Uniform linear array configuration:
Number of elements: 48
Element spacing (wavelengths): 0.75
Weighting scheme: binomial
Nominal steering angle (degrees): -15
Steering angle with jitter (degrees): -14.756
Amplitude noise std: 0.05
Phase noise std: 0.05

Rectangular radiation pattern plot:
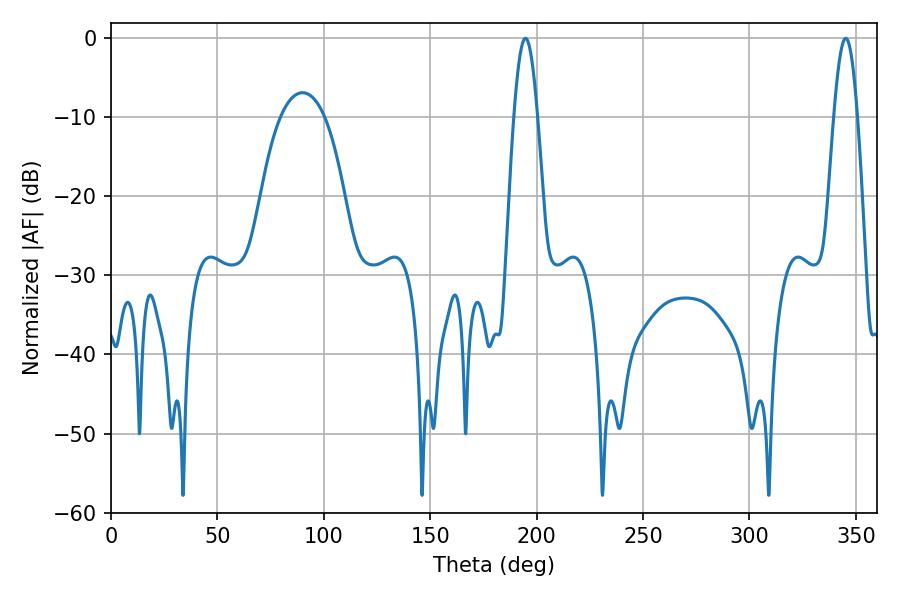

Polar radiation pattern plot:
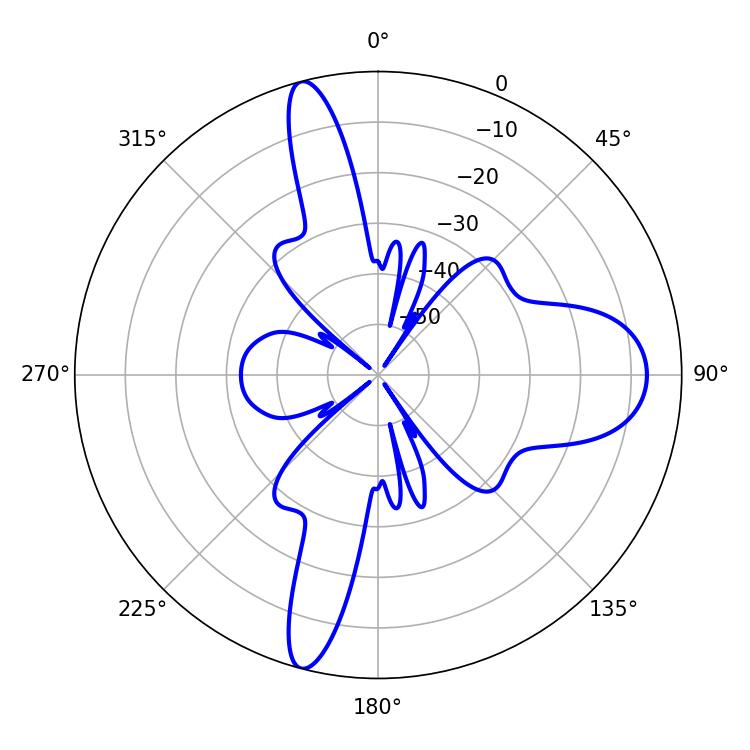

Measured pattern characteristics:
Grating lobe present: TRUE
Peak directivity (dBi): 20.603
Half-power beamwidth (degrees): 5.94
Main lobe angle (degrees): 194.76